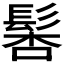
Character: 𩭖